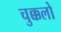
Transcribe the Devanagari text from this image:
चुक्कलो